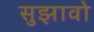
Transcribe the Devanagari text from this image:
सुझावो